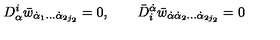
D _ { \alpha } ^ { i } \bar { w } _ { \dot { \alpha } _ { 1 } \ldots \dot { \alpha } _ { 2 j _ { 2 } } } = 0 , \qquad \bar { D } _ { i } ^ { \dot { \alpha } } \bar { w } _ { \dot { \alpha } \dot { \alpha } _ { 2 } \ldots \dot { \alpha } _ { 2 j _ { 2 } } } = 0